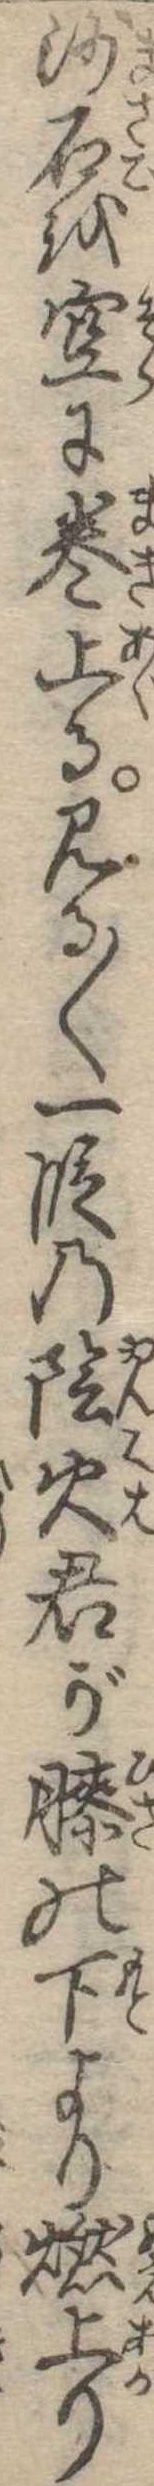
沙石を空に巻上る見る〱一段の陰火君が膝の下より燃上り